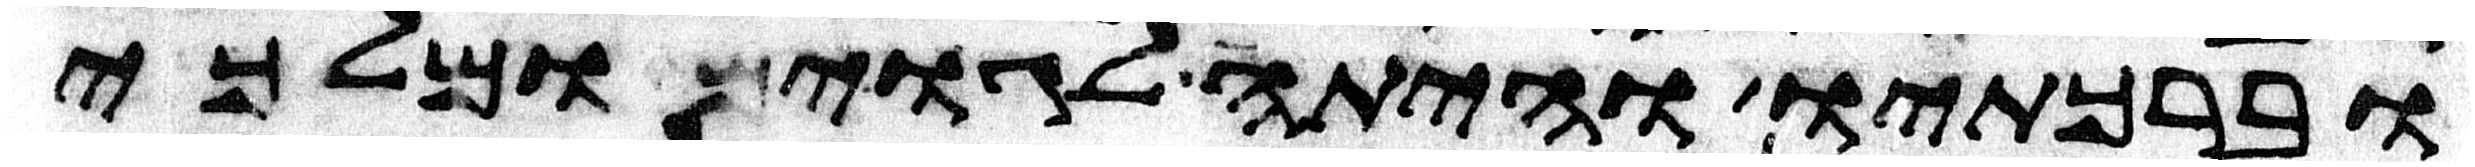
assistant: וברכתיו והיתה לגוים ומלכי